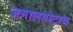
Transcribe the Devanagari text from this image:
जमालगोटाच